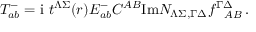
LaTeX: T _ { a b } ^ { - } = \mathrm { i } \ t ^ { \Lambda \Sigma } ( r ) E _ { a b } ^ { - } C ^ { A B } \mathrm { I m } { \cal N } _ { \Lambda \Sigma , \Gamma \Delta } f _ { ~ ~ A B } ^ { \Gamma \Delta } \, .